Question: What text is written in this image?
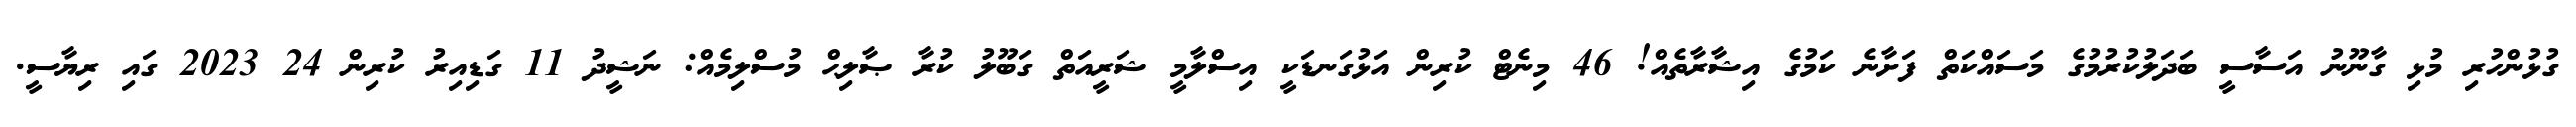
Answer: ގުޅުންހުރި މުޅި ގާނޫނު އަސާސީ ބަދަލުކުރުމުގެ މަސައްކަތް ފަށާނެ ކަމުގެ އިޝާރާތެއް! 46 މިނެޓް ކުރިން އަޅުގަނޑަކީ އިސްލާމީ ޝަރީއަތް ގަބޫލު ކުރާ ޞާލިޙް މުސްލިމެއް: ނަޝީދު 11 ގަޑިއިރު ކުރިން 24 2023 ގައި ރިޔާސީ.